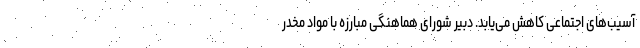
آسیب‌های اجتماعی کاهش می‌یابد. دبیر شورای هماهنگی مبارزه با مواد مخدر